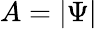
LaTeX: A=|\Psi|